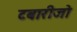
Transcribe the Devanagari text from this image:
टबारीजो